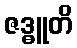
ဇဒ္ဓူတိ